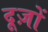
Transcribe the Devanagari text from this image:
दूज़ों